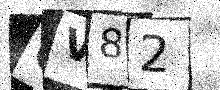
Text: GV82